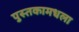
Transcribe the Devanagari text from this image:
पुस्तकामधला